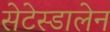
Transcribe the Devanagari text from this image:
सेटेस्डालेन